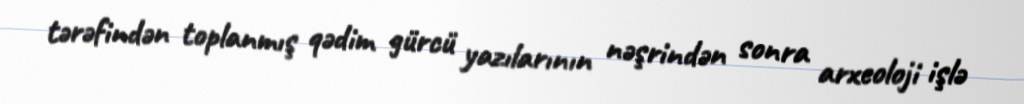
tərəfindən toplanmış qədim gürcü yazılarının nəşrindən sonra arxeoloji işlə